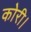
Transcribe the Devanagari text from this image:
कोरी।